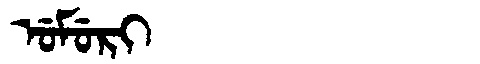
Manchu: ᡠᠮᡠᡵᡳ
Romanization: UMURI